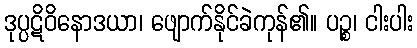
ဒုပ္ပဋိဝိနောဒယာ၊ ဖျောက်နိုင်ခဲကုန်၏။ ပဉ္စ၊ ငါးပါး